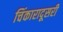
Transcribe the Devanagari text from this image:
चिंकारादूसरी